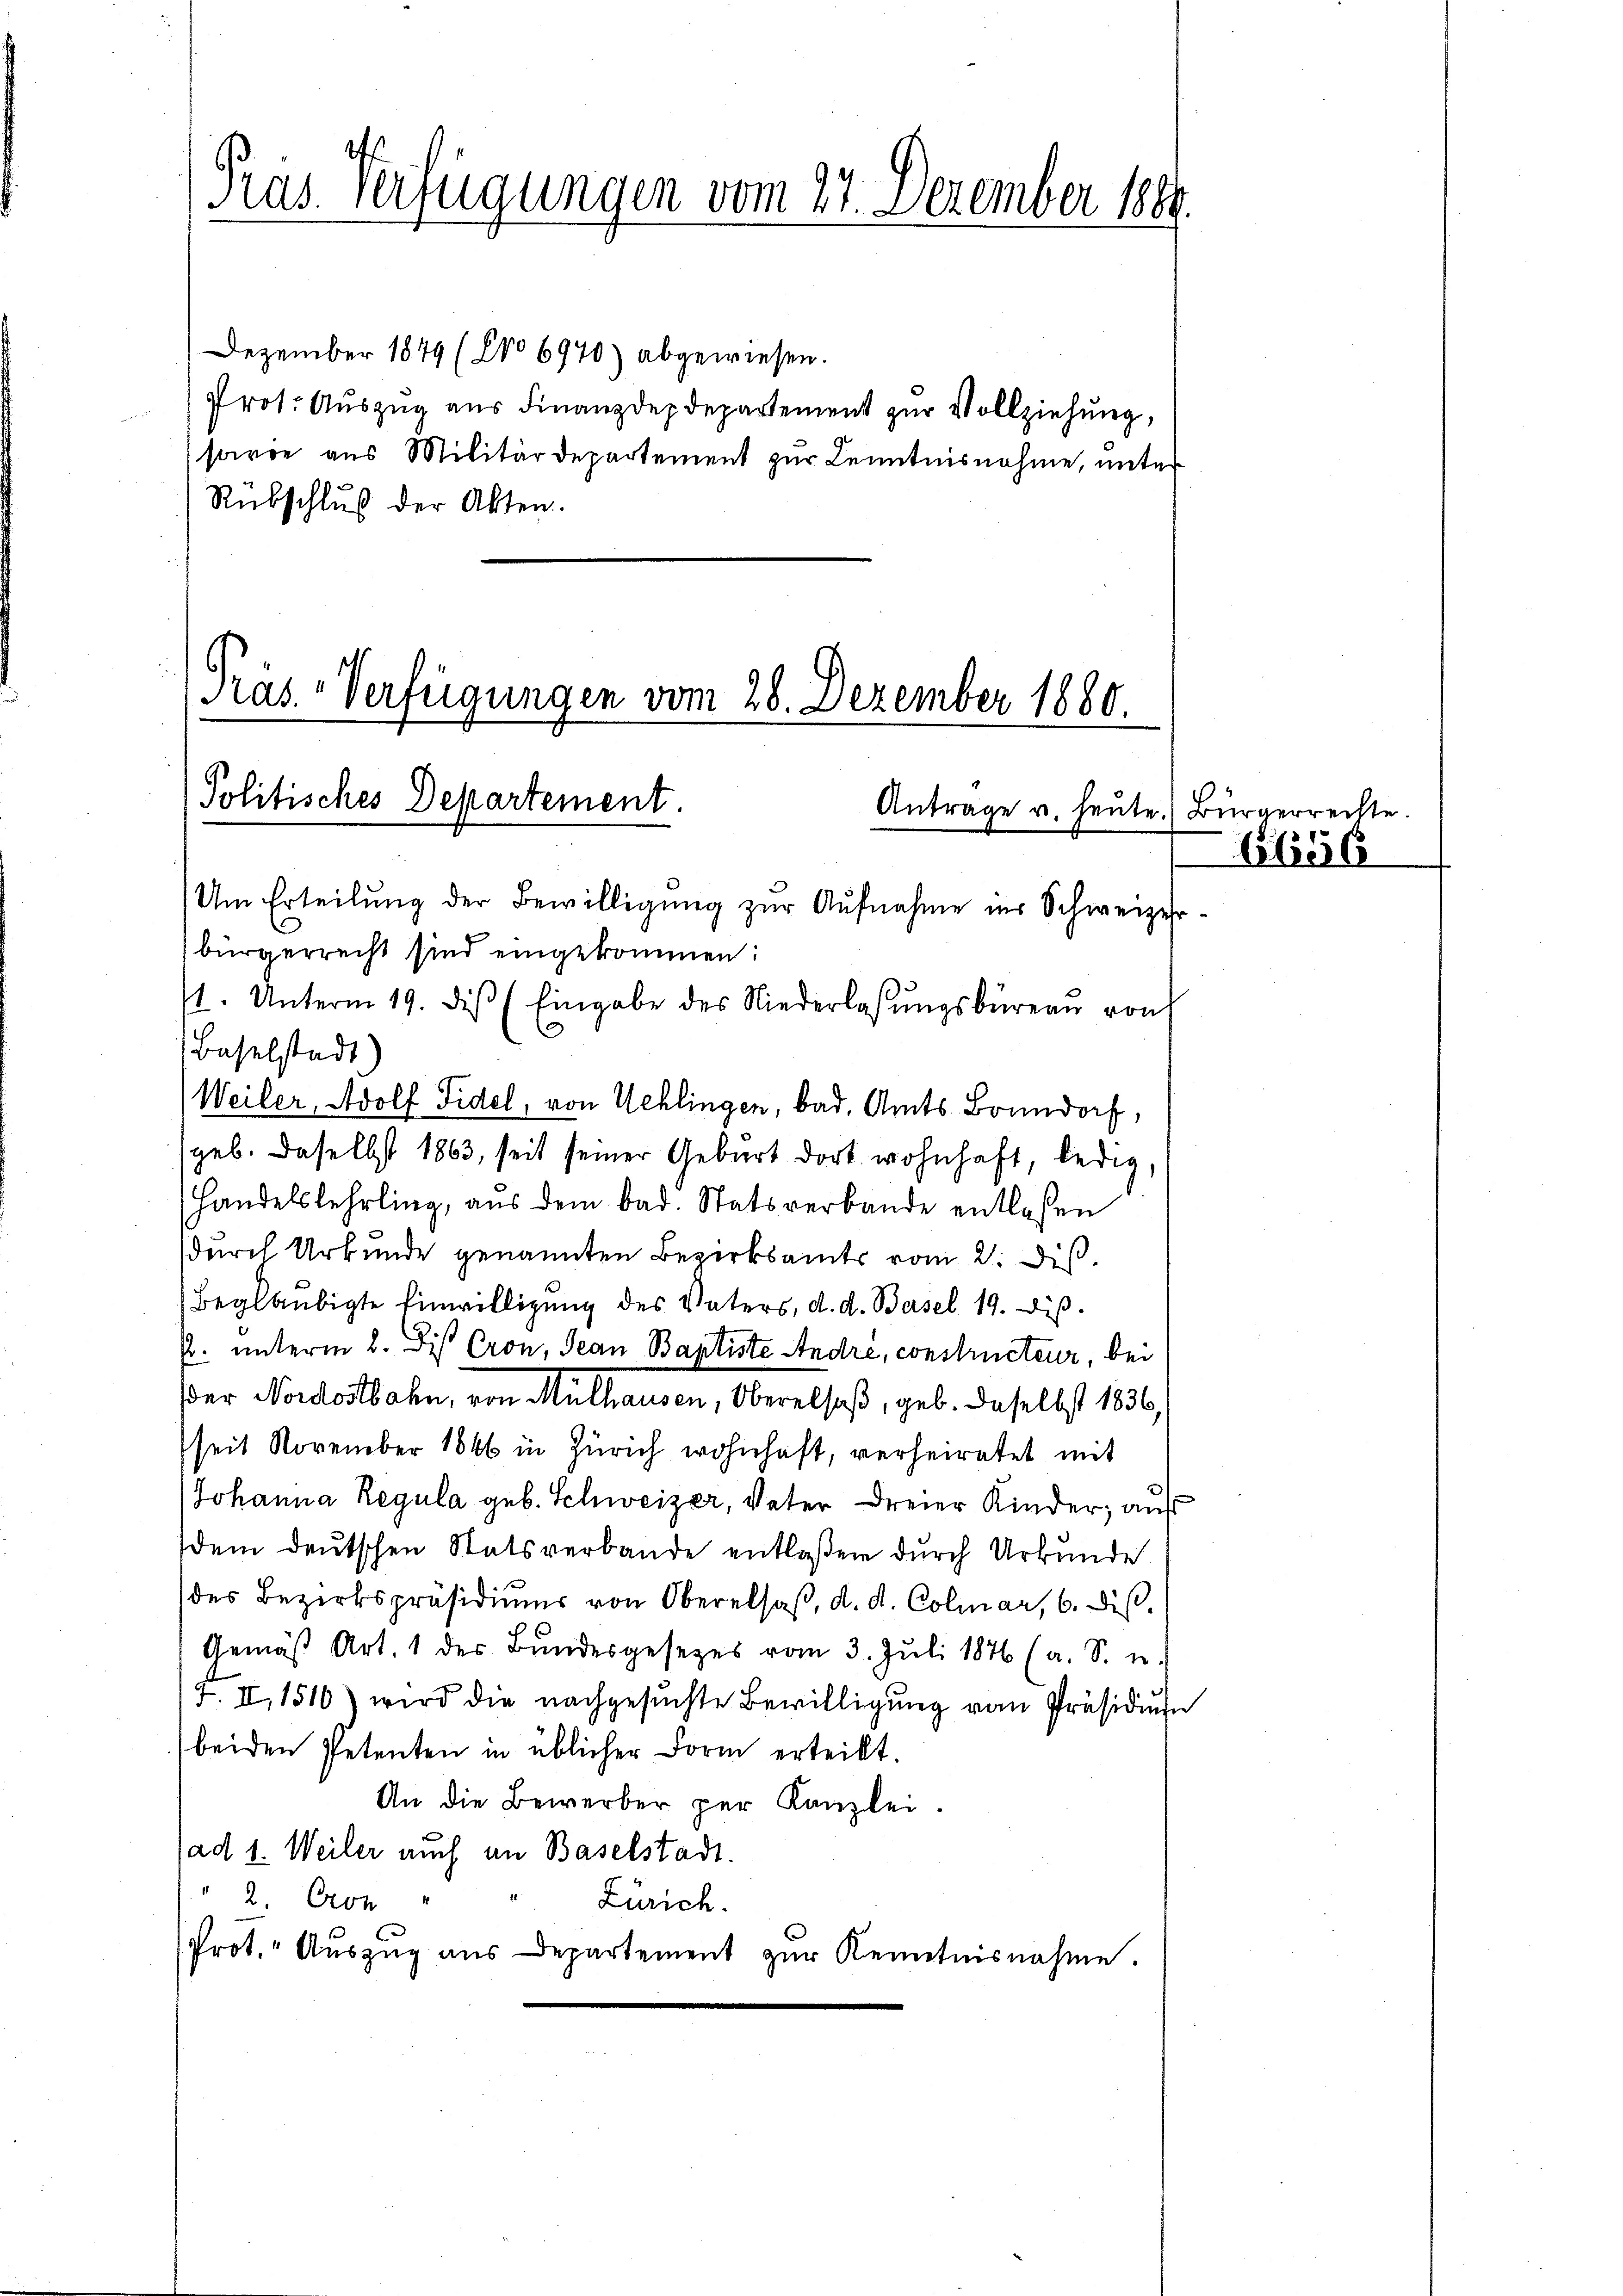
Pras. Verfügungen vom 27. Dezember 1884.

Dezember 1849 (No 6970) abgewiesen.
Prot. Auszug aus Finanzdepdepartement zur Vollziehung,
sarie aus Militärdepartement zur Kenntnisnahme, unter
Rübschluß der Akten.

Präs-Verfügungen vom 28. Dezember 1880.
Politisches Departement.
Antrage u. heute.

Um Erteilŭng der Bewilligung zur Aufnahme ins Schweizer-
bürgerrecht sind eingekommen:
11. Unterm 19. diβ (Eingabe des Niederlassŭngsbüreaŭ von
Baselstadt)
Weiler, Adolf Fidel, von Schlingen, bad. Amts Bonndorf,
geb. Daselbst 1863, seit seiner Geburt dort wohnhaft, ledig,
Handelslehrling, aus dem bad. Statsverbande entlassen
durch Urkunde genannten Bezirksamts vom 2. Dis
Beglaubigte Einwilligung des Vaters, d. d. Basel 19. diβ.
Pr. unterm 2. Dis Cron, Jean Baptiste André, constructeur, bei
der Nordostbahn, von Mülhausen, Oberalsaß, geb. Daselbst 1836,
seit November 1846 in Zürich wohnhaft, verheiratet mit
Johanna Regula geb. Schweizer, Veter dreier Kinder, aus
dem deutschen Statsverbande entlaßen durch Urkunde
(des Bezirkspräsidiŭms von Oberalsaβ, d. d. Colmar, 6. ds.
Gemäβ Art. 1 des Bŭndesgesetzes vom 3. Jŭli 1876 (a. S. u.
17. II, 1510) wird die nachgesŭchte Bewilligŭng vom Präsidium
beiden Petenten in üblicher Form erteilt.
An die Bewerber per Kanzlei.
ad 1. Weiler auch in Baselstadt.
2. Cron
Zürich.
Prot. Auszug aus Departement zŭr Kenntnisnahme.

Bürgerrechte.

1656